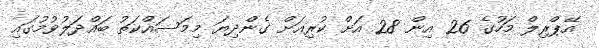
އޭޕްރިލް މަހުގެ 26 އިން 28 އަށް ކުރިއަށް ގެންދިޔަ މިމަސައްކަތު ބައްދަލުވުމުގައި